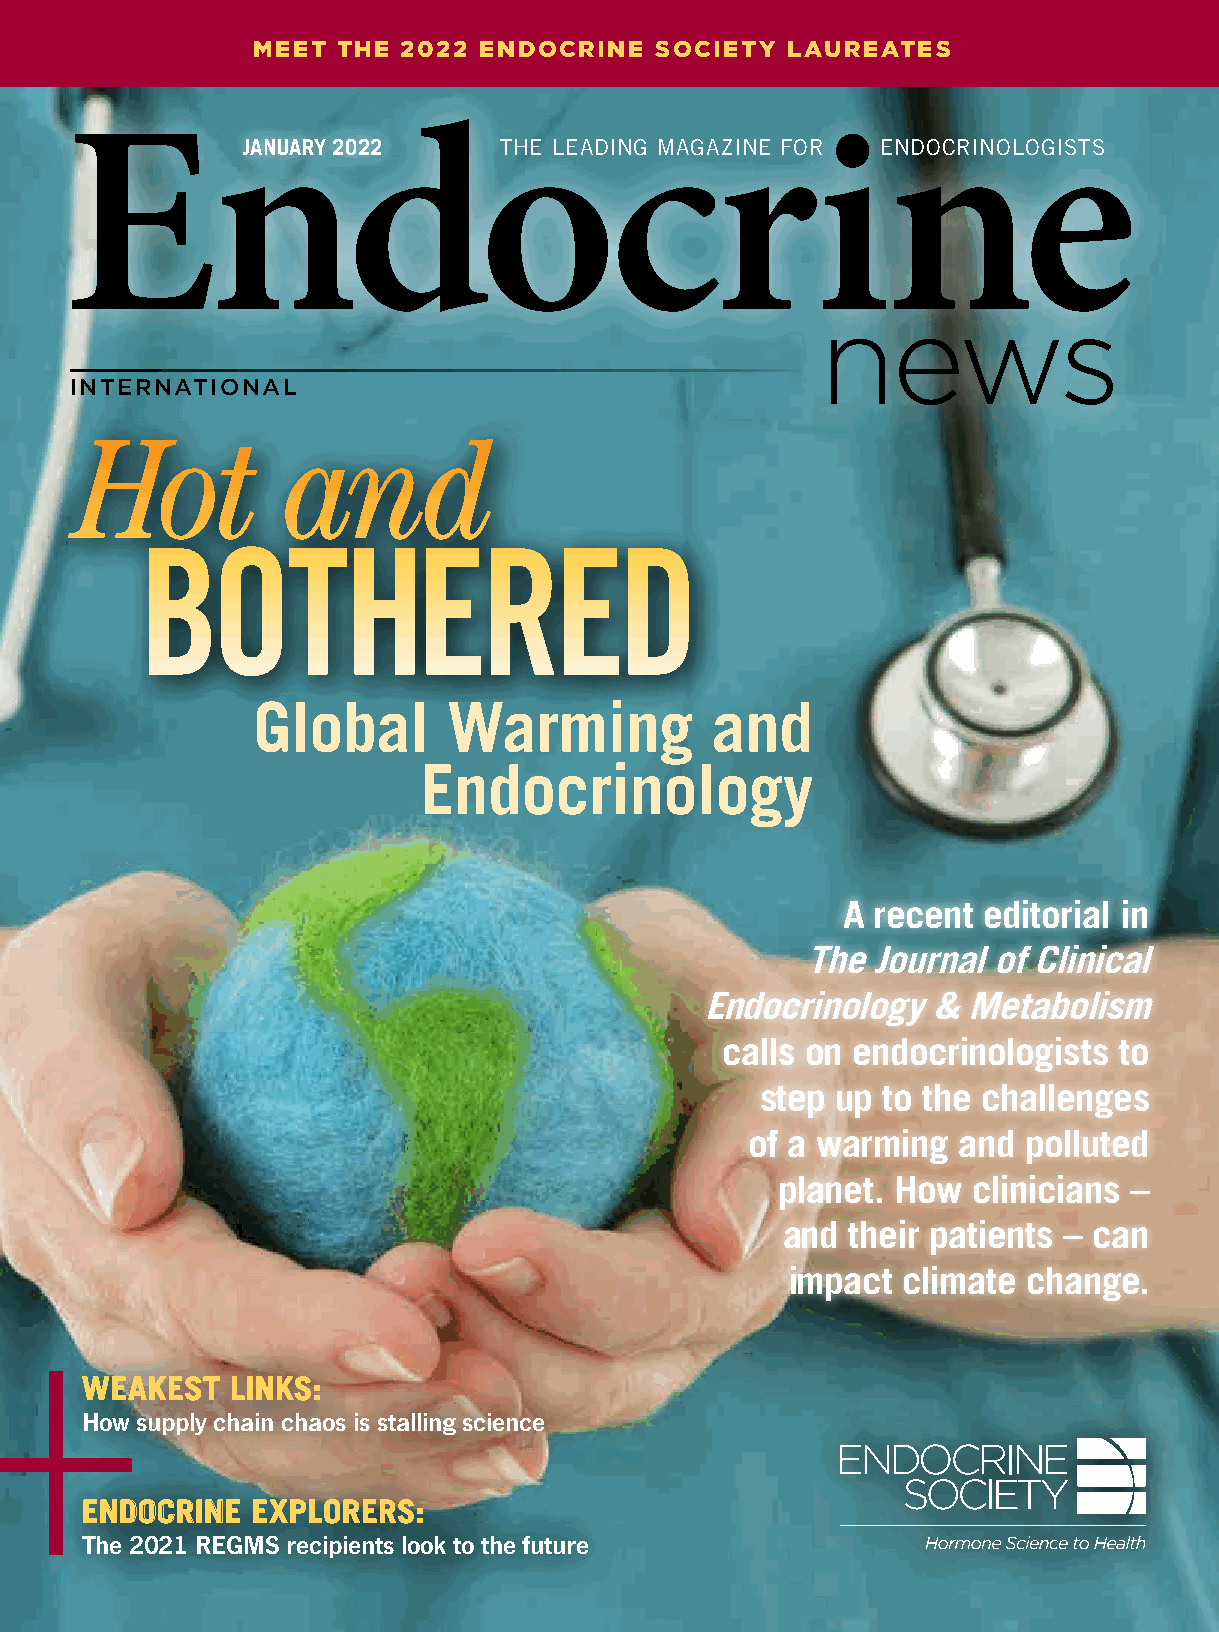
MEET THE  2022 ENDOCRINE  SOCIETY  LAUREATES
 JANUARY 2022     THE LEADING MAGAZINE FOR ENDOCRINOLOGISTS
 INTERNATIONAL
 Hot           and
 BOTHERED
 Global       Warming          and
 Endocrinology
 A recent editorial in
 The  Journal of Clinical
 Endocrinology  & Metabolism
 calls on endocrinologists to
 step up to the challenges
 of a warming and  polluted
 planet. How clinicians –
 and their patients – can
 impact  climate change.
 WWEEAAKKEESSTT LLIINNKKSS::
 How supply chain chaos is stalling science
 EENNDDOOCCRRIINNEE EEXXPPLLOORREERRSS::
 The 2021 REGMS recipients look to the future